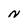
Character: N